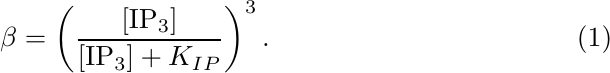
\begin{equation}
  \beta = \left(\frac{[{\rm IP}_3]}{[{\rm IP}_3]+K_{IP}}\right)^3. \label{eq:beta}
\end{equation}